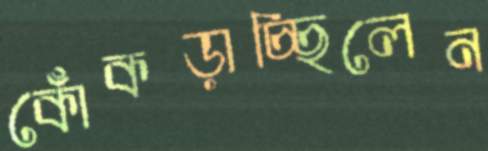
কোঁকড়াচ্ছিলেন